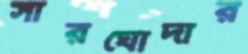
সারঘোদার